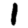
Digit: 1